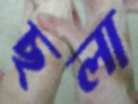
ছলা